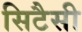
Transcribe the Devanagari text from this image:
सिटैसी